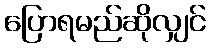
ပြောရမည်ဆိုလျှင်